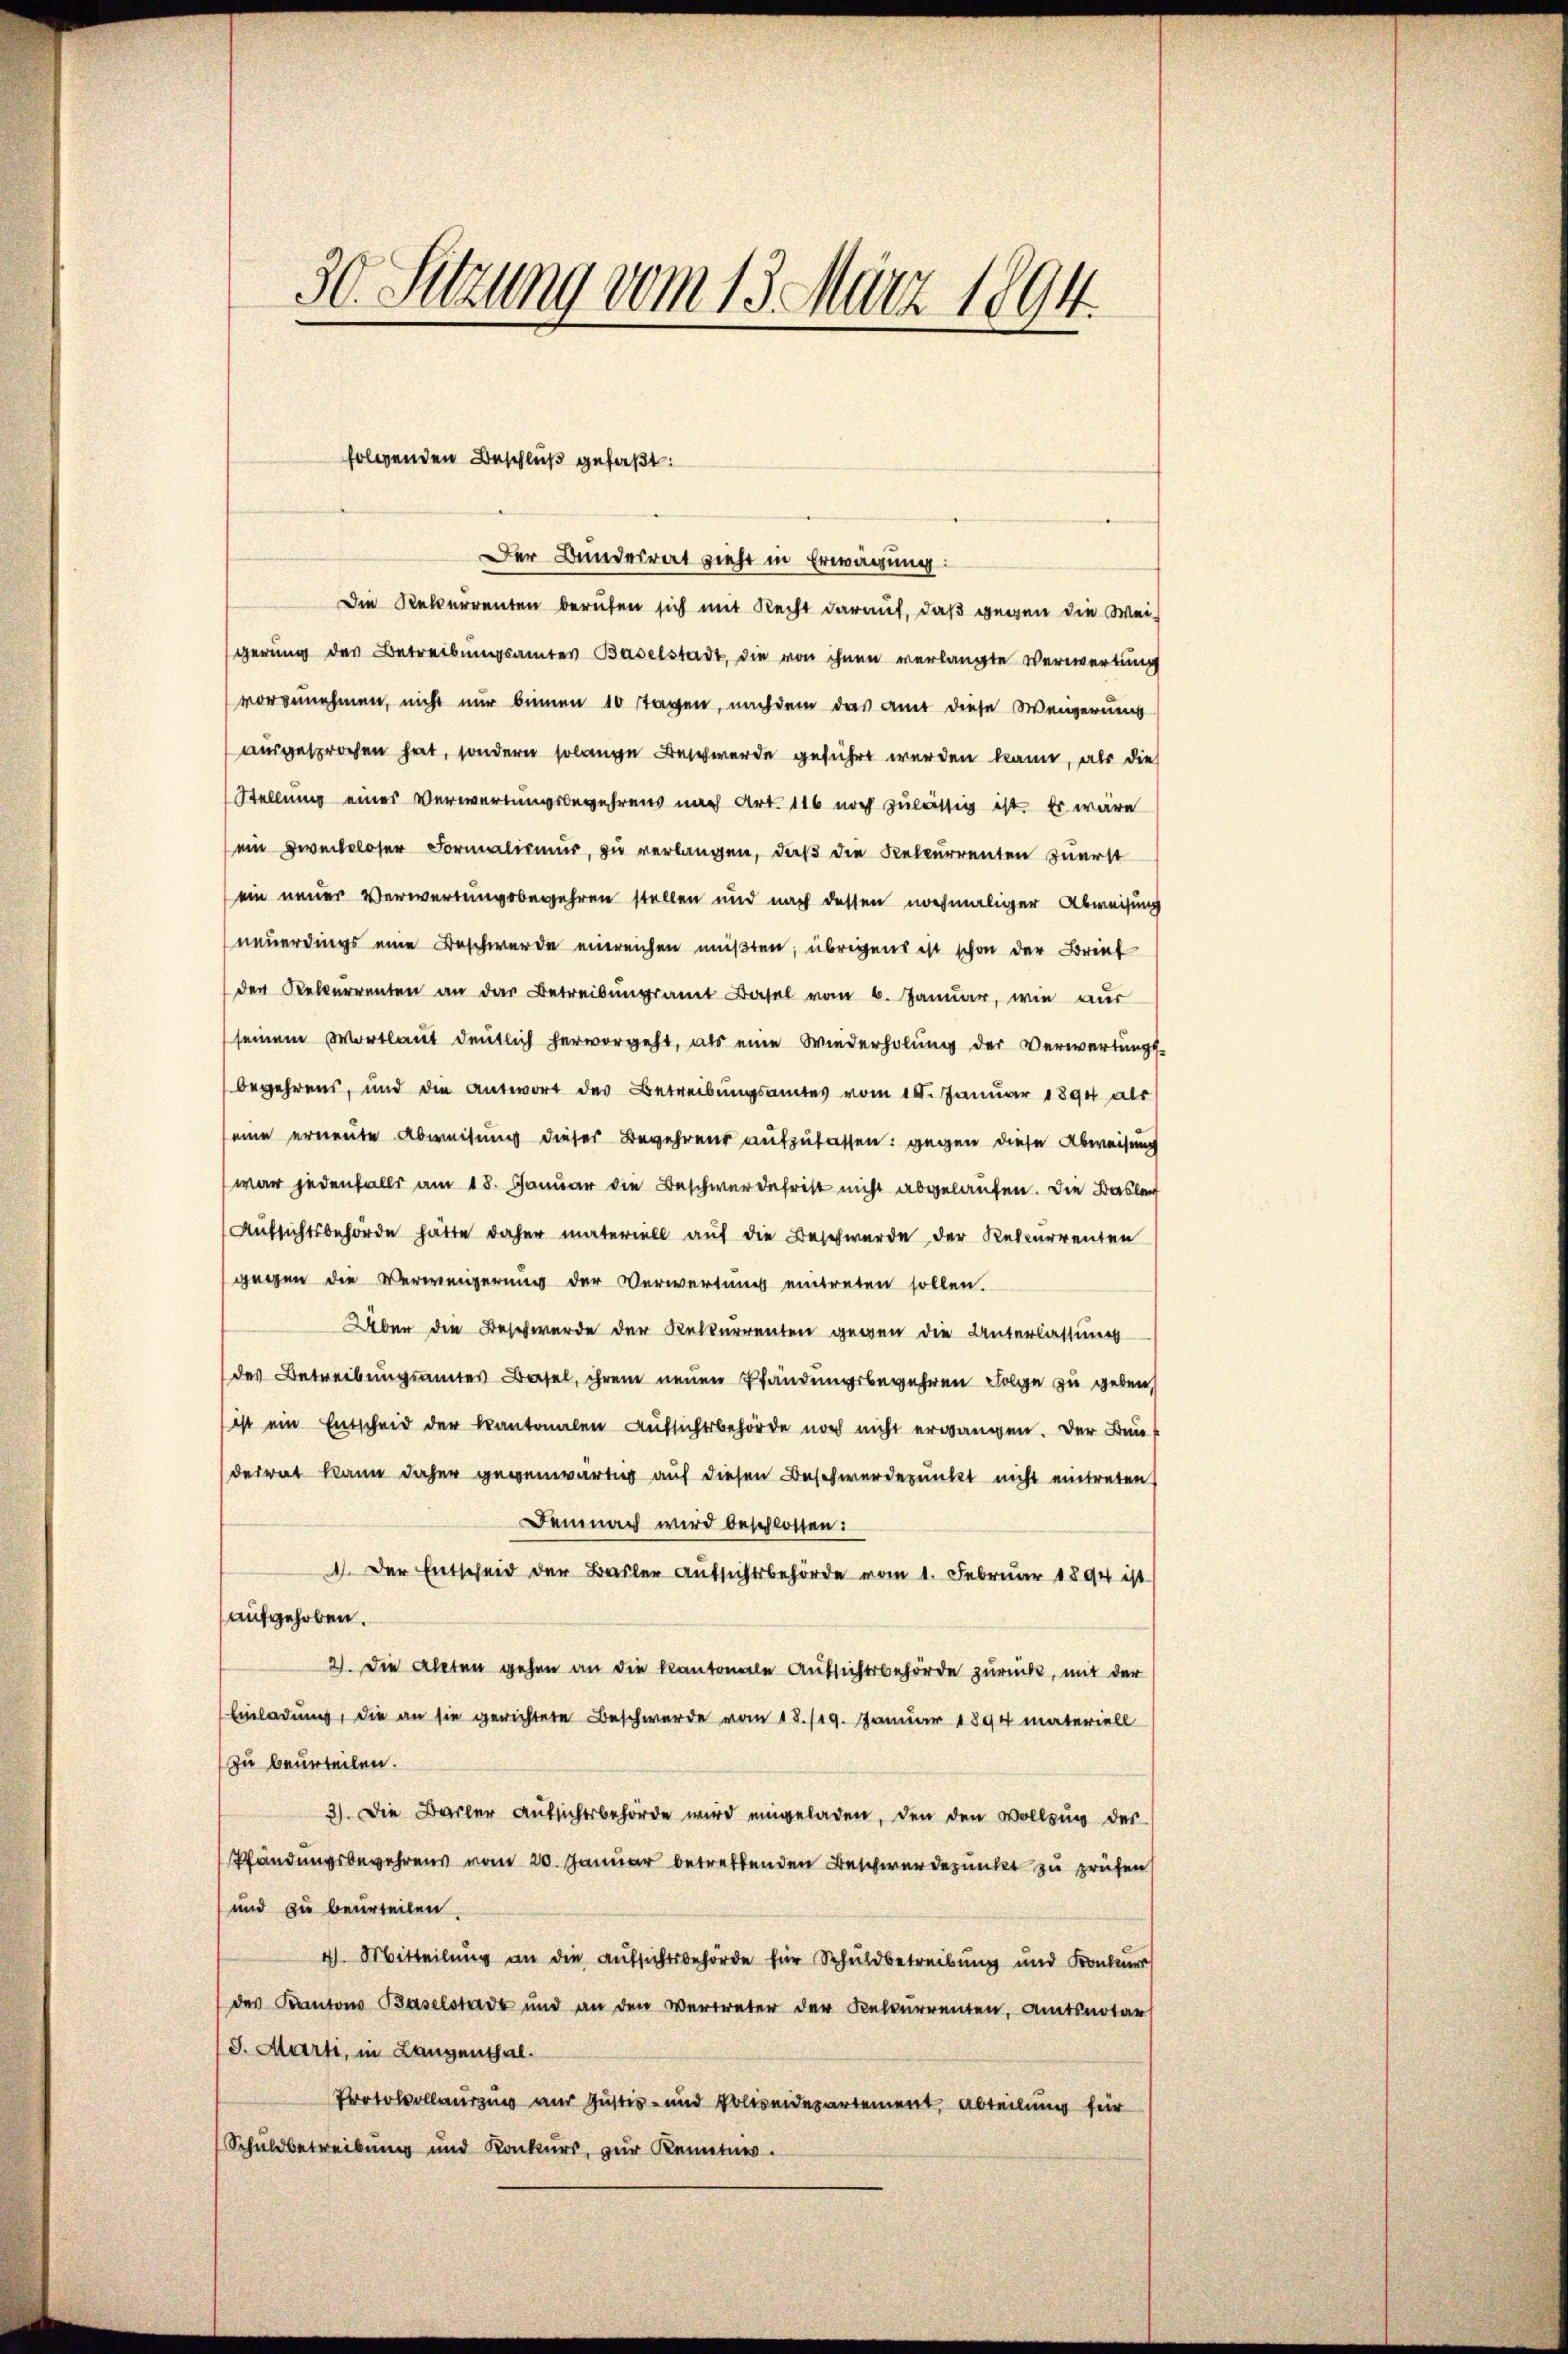
30. Setzung vom 13. März 1894.

folgenden Beschluß gefaßt:

Der Bundesrat zieht in Erwägung:
Die Rekurrenten berufen sich mit Recht darauf, daß gegen die Weigerung des Betreibungsamtes Baselstadt, die von ihnen verlangte Verwertung
vorzunehmen, nicht nur binnen 10 Tagen, nachdem das amt diese Weigerung
ausgesprochen hat, sondern solange Beschwerde geführt werden kann, als die
Stellung eines Verwartungsbegehrens nach Art. 116 noch zulässig ist. Es wäre
ein Zweckloser Formalismus, zu verlangen, daß die Recurrenten zuerst
ein neuer Verwartungsbegehren stellen und nach dessen nochmaliger Abweisung
neuerdings eine Beschwerde einreichen müßten; übrigens ist schon der Brief
der Rekurrenten an der Betreibungsamt Basel vom 6. Januar, wie nur
seinem Wortlaut deutlich hervorgeht, als eine Wiederholung der Verwartungs-
begehrens, und die Antwort des Betreibungsamtes vom 10. Januar 1894 als
(eine erneute Abweisung dieser Begehrens aufzufassen: gegen diese Abweisung
war jedenfalls am 18. Januar die Beschwerdefrist nicht abgelaufen. Die Baslen
Aufsichtsbehörde hätte daher materiell auf die Beschwerde der Rekurrenten
gegen die Verweigerung der Verwertung eintreten sollen.
Über die Beschwerde der Rekurrenten gegen die Unterlassung
des Betreibungsamtes Basel, ihrem neuen Pfändungsbegehren Folge zu geben,
ist ein Entscheid der kantonalen Aufsichtsbehörde noch nicht ergangen. Der Bun
derrat kann daher gegenwärtig auf diesen Beschwerdepunkt nicht eintreten
Demnach wird beschlossen:
1. Der Entscheid der Basler Aufsichtsbehörde vom 1. Februar 1894 ist
aufgehoben.
2). Die Alten gehen an die Kantonale Aufsichtsbehörde zurück, mit der
Einladung, die an sie gerichtete Beschwerde vom 18./19. Januar 1894 materiell
zu beurteilen.
3). Die Basler Aufsichtsbehörde wird eingeladen, den den Vollzug der
Pfändungsbegehrens vom 20. Januar betreffenden Beschwerdepunkt zu prüfen,
und zu beurteilen.
4) Mitteilung an die Aufsichtsbehörde für Schuldbetreibung und Konkur
des Kantons Baselstadt und an den Vertreter der Kelcurrenten, Amtsnotar
J. Marti, in Langenthal.
Protokollauszug aus Justiz- und Polizeidepartement, Abteilung für
Schuldbetreibung und Konkurs, zur Kenntnis.